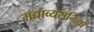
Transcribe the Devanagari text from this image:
मद्याव्यसनियों